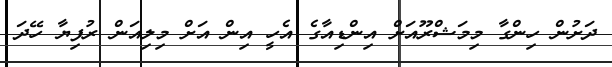
ދަށުން ހިންގާ މިމަޝްރޫއަށް އިންޑިއާގެ އެހީ އިން އަށް މިލިއަން ރުފިޔާ ހޭދަ